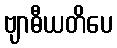
ဗျာဓီယတိပေ